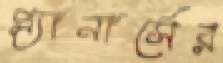
প্ল্যানার্সের